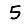
Digit: 5